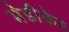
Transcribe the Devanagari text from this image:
मेडीकेड